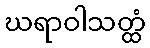
ဃရာဝါသတ္ထံ